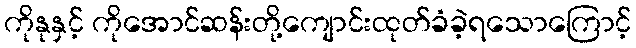
ကိုနုနှင့် ကိုအောင်ဆန်းတို့ကျောင်းထုတ်ခံခဲ့ရသောကြောင့်